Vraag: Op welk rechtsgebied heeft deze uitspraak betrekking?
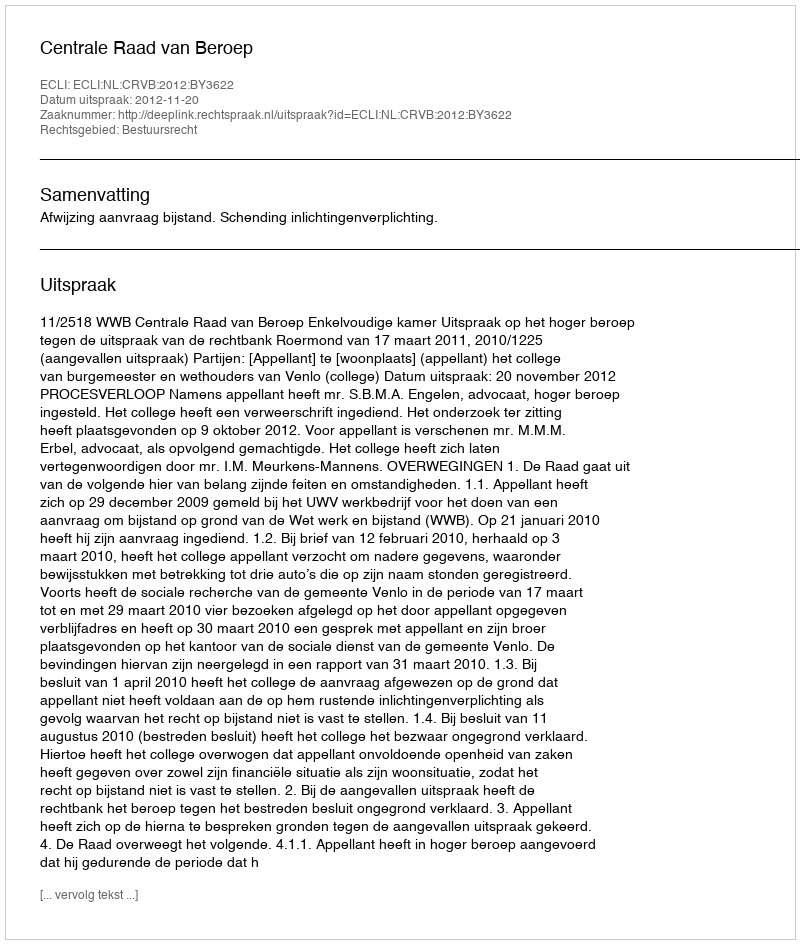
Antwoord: Bestuursrecht